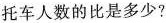
托车人数的比是多少?